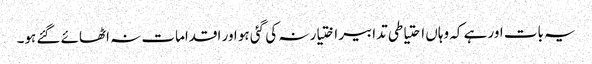
یہ بات اور ہے کہ وہاں احتیاطی تدابیر اختیار نہ کی گئی ہو اور اقدامات نہ اٹھائے گئے ہو۔